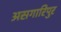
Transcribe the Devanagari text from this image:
असगारिपुर